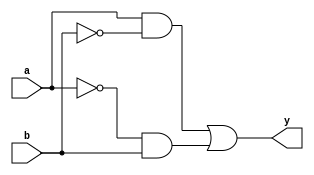
`timescale 1ns / 1ps
//////////////////////////////////////////////////////////////////////////////////
// Company: 
// Engineer: 
// 
// Design Name: 
// Module Name:    xor1 
// Project Name: 
// Target Devices: 
// Tool versions: 
// Description: 
//
// Dependencies: 
//
// Revision: 
// Revision 0.01 - File Created
// Additional Comments: 
//
//////////////////////////////////////////////////////////////////////////////////
module xor1(
    input a,
    input b,
    output y
    );
assign y=(a&!b)|(!a&b);

endmodule